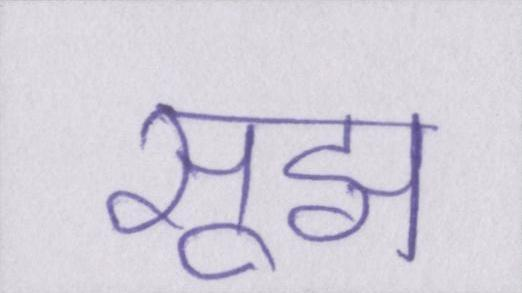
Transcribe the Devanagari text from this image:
सूझ